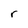
Character: r